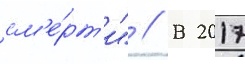
см'е́рт'и" // В 2017